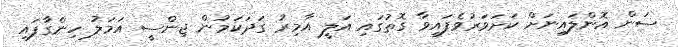
ސަން އޮންލައިނަށް ކަށަވަރުވެފައިވާ ގޮތުގައި އަލީ އާމިރު ގަދަކަމުން ޖިންސީ އަމަލު ހިންގާފައި